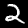
Label: 2